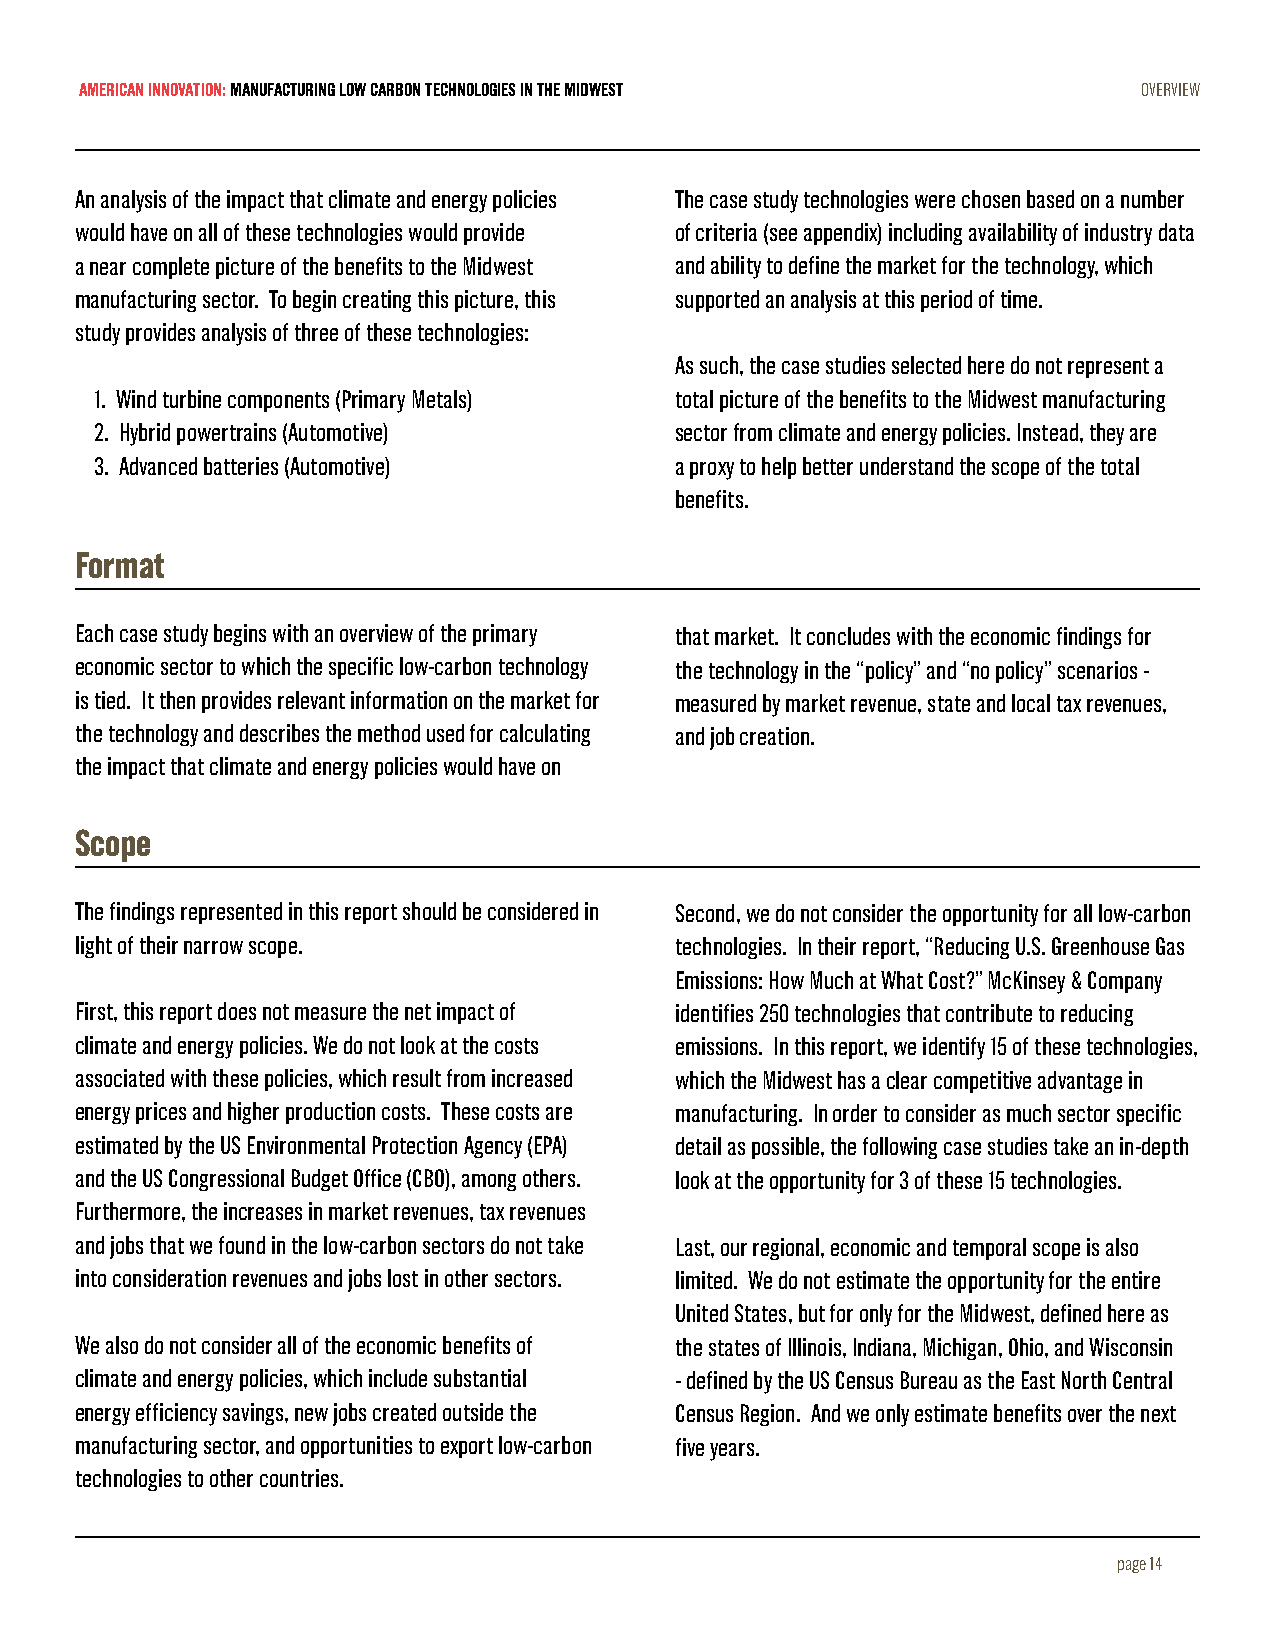
AMERICAN INNOVATION: MANUFACTURING LOW CARBON TECHNOLOGIES IN THE MIDWEST OVERVIEW
 An analysis of the impact that climate and energy policies The case study technologies were chosen based on a number
 would have on all of these technologies would provide of criteria (see appendix) including availability of industry data
 a near complete picture of the benefits to the Midwest and ability to define the market for the technology, which
 manufacturing sector. To begin creating this picture, this supported an analysis at this period of time.
 study provides analysis of three of these technologies:
 As such, the case studies selected here do not represent a
 1. Wind turbine components (Primary Metals) total picture of the benefits to the Midwest manufacturing
 2. Hybrid powertrains (Automotive)     sector from climate and energy policies. Instead, they are
 3. Advanced batteries (Automotive)     a proxy to help better understand the scope of the total
 benefits.
 Format
 Each case study begins with an overview of the primary that market. It concludes with the economic findings for
 economic sector to which the specific low-carbon technology the technology in the “policy” and “no policy” scenarios -
 is tied. It then provides relevant information on the market for measured by market revenue, state and local tax revenues,
 the technology and describes the method used for calculating and job creation.
 the impact that climate and energy policies would have on
 Scope
 The findings represented in this report should be considered in Second, we do not consider the opportunity for all low-carbon
 light of their narrow scope.            technologies. In their report, “Reducing U.S. Greenhouse Gas
 Emissions: How Much at What Cost?” McKinsey & Company
 First, this report does not measure the net impact of identifies 250 technologies that contribute to reducing
 climate and energy policies. We do not look at the costs emissions. In this report, we identify 15 of these technologies,
 associated with these policies, which result from increased which the Midwest has a clear competitive advantage in
 energy prices and higher production costs. These costs are manufacturing. In order to consider as much sector specific
 estimated by the US Environmental Protection Agency (EPA) detail as possible, the following case studies take an in-depth
 and the US Congressional Budget Office (CBO), among others. look at the opportunity for 3 of these 15 technologies.
 Furthermore, the increases in market revenues, tax revenues
 and jobs that we found in the low-carbon sectors do not take Last, our regional, economic and temporal scope is also
 into consideration revenues and jobs lost in other sectors. limited. We do not estimate the opportunity for the entire
 United States, but for only for the Midwest, defined here as
 We also do not consider all of the economic benefits of the states of Illinois, Indiana, Michigan, Ohio, and Wisconsin
 climate and energy policies, which include substantial - defined by the US Census Bureau as the East North Central
 energy efficiency savings, new jobs created outside the Census Region. And we only estimate benefits over the next
 manufacturing sector, and opportunities to export low-carbon five years.
 technologies to other countries.
 page 14